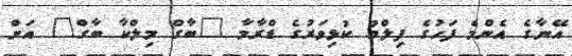
އޭނާގެ އެންމެ ފަހުގެ ފިލްމު ކުޅިވަރުގެ ޑްރާމާ "ބާގް މިލްކާ ބާގް" އަށް